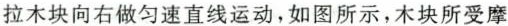
拉木块向右做匀速直线运动，如图所示，木块所受摩